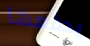
يدفعها